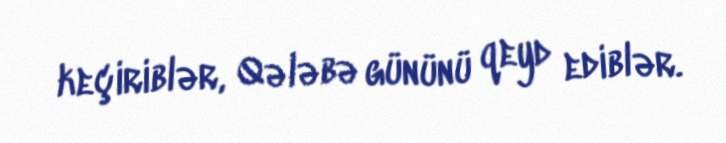
keçiriblər, Qələbə gününü qeyd ediblər.